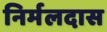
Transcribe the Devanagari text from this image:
निर्मलदास